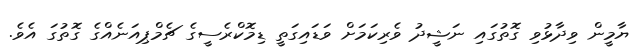
ޔާމީން ވިދާޅުވި ގޮތުގައި ނަޝީދު ވެރިކަމަށް ވަޑައިގަތީ ޑިމޮކްރެސީގެ ޗެމްޕިއަނެއްގެ ގޮތުގަ އެވެ.